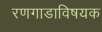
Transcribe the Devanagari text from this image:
रणगाडाविषयक